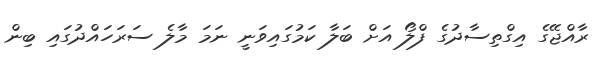
ރާއްޖޭގެ އިގްތިސާދުގެ ފްލޯ އަށް ބަލާ ކަމުގައިވަނީ ނަމަ މާލެ ސަރަހައްދުގައި ބިން